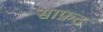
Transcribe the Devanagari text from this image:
साफ़ट